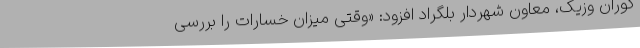
گوران وزیک، معاون شهردار بلگراد افزود: «وقتی میزان خسارات را بررسی